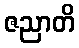
ဇညာတိ